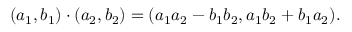
( a _ { 1 } , b _ { 1 } ) \cdot ( a _ { 2 } , b _ { 2 } ) = ( a _ { 1 } a _ { 2 } - b _ { 1 } b _ { 2 } , a _ { 1 } b _ { 2 } + b _ { 1 } a _ { 2 } ) .